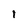
Character: I